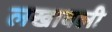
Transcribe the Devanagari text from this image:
लखावली